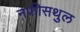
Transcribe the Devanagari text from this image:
नफीसथुल